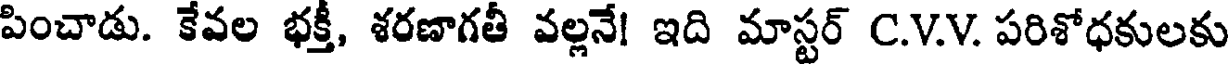
పించాడు. కేవల భక్తీ, శరణాగతీ వల్లనే! ఇది మాస్టర్ C.V.V. పరిశోధకులకు